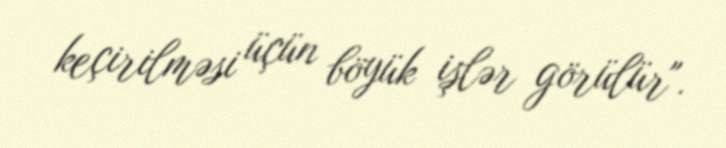
keçirilməsi üçün böyük işlər görülür".